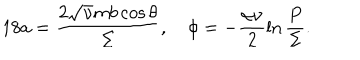
1 8 a = \frac { 2 \sqrt { \nu } m b \cos \theta } { \Sigma } , \quad \phi = - \frac { \alpha \nu } { 2 } \ln \frac { P } { \Sigma } .